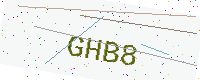
Text: GHB8